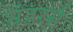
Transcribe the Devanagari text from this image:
बंडरर्स